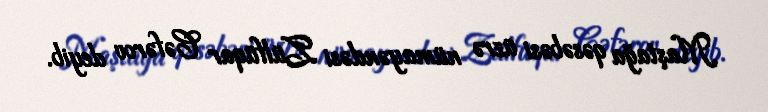
Maştağa qəsəbəsi üzrə nümayəndəsi Zülfüqar Cəfərov deyib.